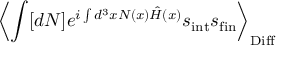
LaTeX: \left\langle \int [ d N ] e ^ { i \int d ^ { 3 } x N ( x ) { \hat { H } } ( x ) } s _ { \mathrm { i n t } } s _ { \mathrm { f i n } } \right\rangle _ { \mathrm { D i f f } }